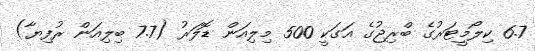
6.7 ކިލޯމީޓަރުގެ ބްރިޖުގެ އަގަކީ 500 މިލިއަން ޑޮލަރު (7.7 ބިލިއަން ރުފިޔާ)